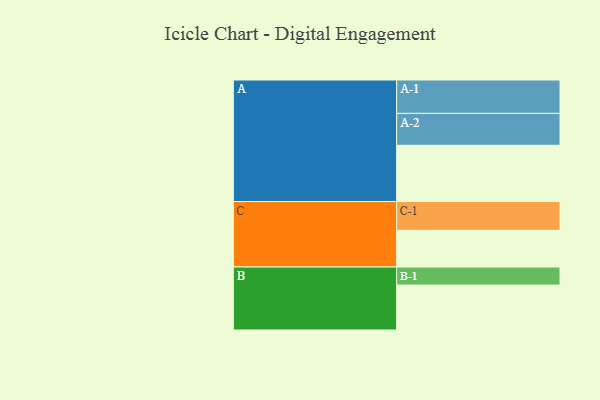
{"axis": {"x": "Segment", "y": "Value"}, "legend": ["", "A", "B", "C"], "data": [{"x": "A", "y": 496, "type": ""}, {"x": "B", "y": 396, "type": ""}, {"x": "C", "y": 323, "type": ""}, {"x": "A-1", "y": 294, "type": "A"}, {"x": "A-2", "y": 281, "type": "A"}, {"x": "B-1", "y": 159, "type": "B"}, {"x": "C-1", "y": 254, "type": "C"}]}